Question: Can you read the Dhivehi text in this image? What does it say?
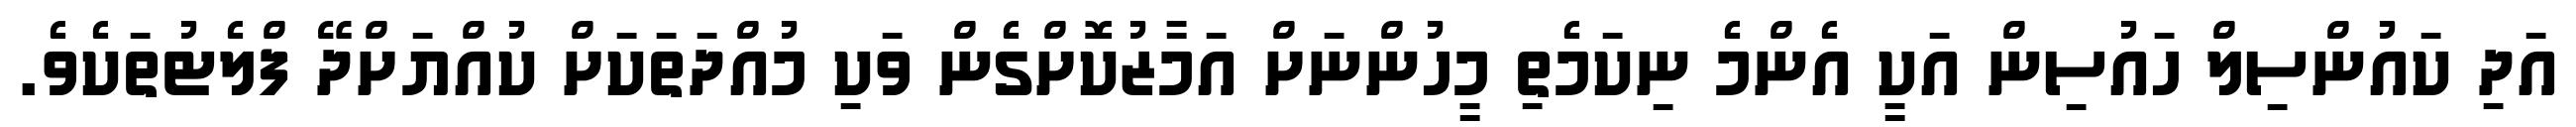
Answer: އަދި ކައުންސިލް ހައުސިން އަކީ އެންމެ ނިކަމެތި މީހުންނަށް އަމާޒުކޮށްގެން ވަކި މުއްދަތަކަށް ކުއްޔަށްދޭ ފްލެޓުތަކެވެ.